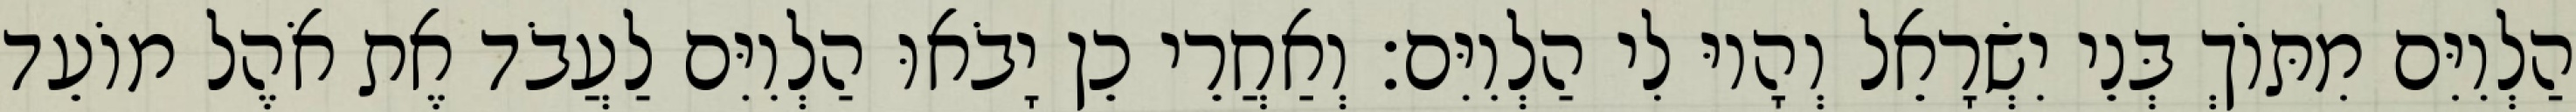
הַלְוִיִּם מִתּוֹךְ בְּנֵי יִשְׂרָאֵל וְהָיוּ לִי הַלְוִיִּם׃ וְאַחֲרֵי כֵן יָבֹאוּ הַלְוִיִּם לַעֲבֹד אֶת אֹהֶל מוֹעֵד